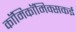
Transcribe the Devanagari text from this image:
काॅमिकॉमिक्सकई